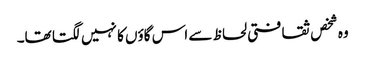
وہ شخص ثقافتی لحاظ سے اس گاؤں کا نہیں لگتا تھا۔